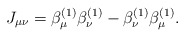
\begin{align*}J_{\mu \nu }=\beta _\mu ^{(1)}\beta _\nu ^{(1)}-\beta _\nu^{(1)}\beta _\mu ^{(1)}. \end{align*}